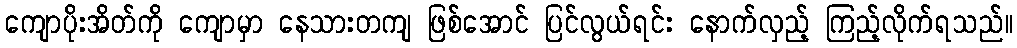
ကျောပိုးအိတ်ကို ကျောမှာ နေသားတကျ ဖြစ်အောင် ပြင်လွယ်ရင်း နောက်လှည့် ကြည့်လိုက်ရသည်။